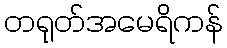
တရုတ်အမေရိကန်